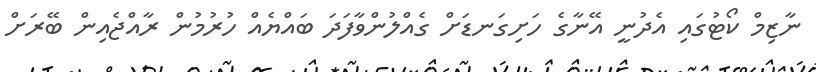
ނާޒިމް ކޯޓުގައި އެދުނީ އޭނާގެ ހަށިގަނޑަށް ގެއްލުންވާފަދަ ބައްޔެއް ހުރުމުން ރާއްޖެއިން ބޭރަށް